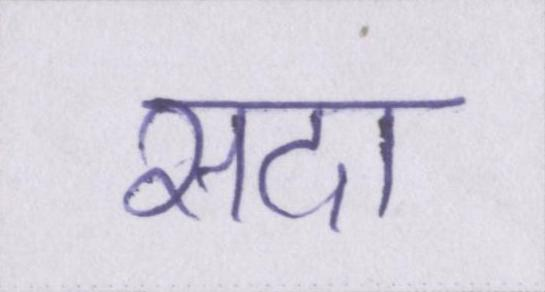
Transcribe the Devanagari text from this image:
सदा